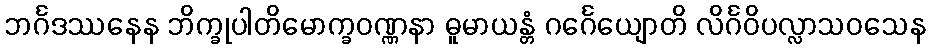
ဘင်္ဂဒဿနေန ဘိက္ခုပါတိမောက္ခဝဏ္ဏနာ ဓူမာယန္တံ ဂင်္ဂေယျောတိ လိင်္ဂဝိပလ္လာသဝသေန